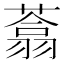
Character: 𰱺